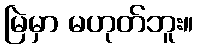
မြဲမှာ မဟုတ်ဘူး။